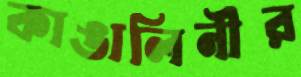
কাঙালিনীর